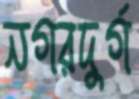
নগরদুর্গ